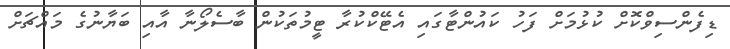
ޑިފެންސިވްކޮށް ކުޅުމަށް ފަހު ކައުންޓާގައި އެޓޭކްކުރާ ޓީމުތަކުން ބާސެލޯނާ އާއި ބަޔާނުގެ މައްޗަށް